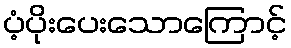
ပံ့ပိုးပေးသောကြောင့်